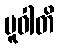
ပူဝါတိ